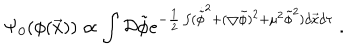
\Psi _ { 0 } ( \phi ( \vec { x } ) ) \propto \int { \cal D } { \tilde { \phi } } e ^ { - { \frac { 1 } { 2 } } \int ( { \dot { \tilde { \phi } } } ^ { 2 } + ( \bigtriangledown { \tilde { \phi } } ) ^ { 2 } + \mu ^ { 2 } { \tilde { \phi } } ^ { 2 } ) d \vec { x } d \tau } ~ .